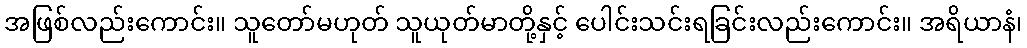
အဖြစ်လည်းကောင်း။ သူတော်မဟုတ် သူယုတ်မာတို့နှင့် ပေါင်းသင်းရခြင်းလည်းကောင်း။ အရိယာနံ၊